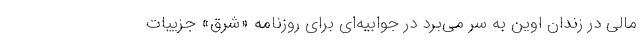
مالی در زندان اوین به سر می‌برد در جوابیه‌ای برای روزنامه «شرق» جزییات